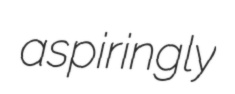
aspiringly